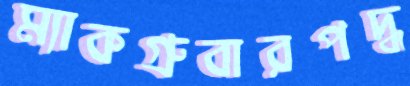
ম্যাকগ্রুবারপদ্ধ